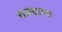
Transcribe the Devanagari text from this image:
राजदाणा